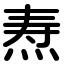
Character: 焘